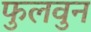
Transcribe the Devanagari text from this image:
फुलवुन